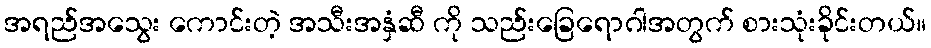
အရည်အသွေး ကောင်းတဲ့ အသီးအနှံဆီ ကို သည်းခြေရောဂါအတွက် စားသုံးခိုင်းတယ်။